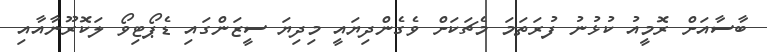
ބާސާއަށް ރޮމީއު ކުޅުނު ފުރަތަމަ މެޗަކަށް ވެގެންދިޔައީ މިދިޔަ ސީޒަންގައި ޑެޕޯޓިވޯ ލަކޮރޫނާއާއި